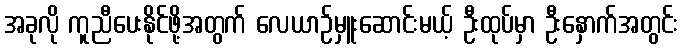
အခုလို ကူညီပေးနိုင်ဖို့အတွက် လေယာဉ်မှူးဆောင်းမယ့် ဦးထုပ်မှာ ဦးနှောက်အတွင်း